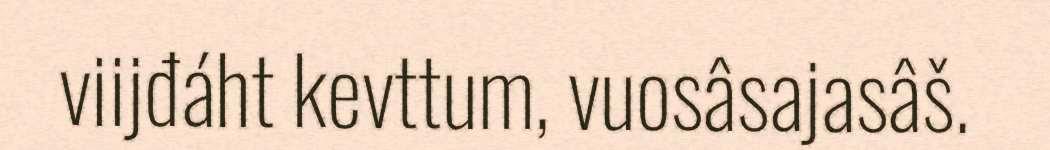
viijđáht kevttum, vuosâsajasâš.